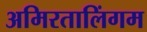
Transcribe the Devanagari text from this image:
अमिरतालिंगम